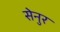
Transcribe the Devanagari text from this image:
सेनुर